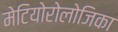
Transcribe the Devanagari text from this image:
मेटियोरोलोजिका